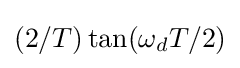
(2/T)\tan(\omega _{d}T/2)